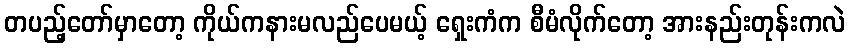
တပည့်တော်မှာတော့ ကိုယ်ကနားမလည်ပေမယ့် ရှေးကံက စီမံလိုက်တော့ အားနည်းတုန်းကလဲ